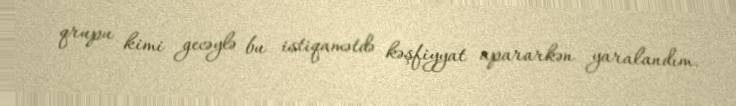
qrupu kimi gecəylə bu istiqamətdə kəşfiyyat apararkən yaralandım.